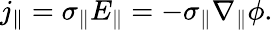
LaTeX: j_{\| }=\sigma_{\| }E_{\| }=-\sigma_{\| }\nabla_{\| }\phi.